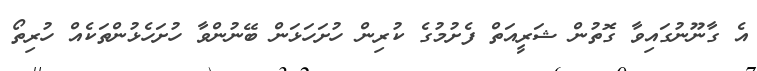
އެ ގާނޫނުގައިވާ ގޮތުން ޝަރީއަތް ފެށުމުގެ ކުރިން ހުށަހަޅަން ބޭނުންވާ ހުށަހެޅުންތަކެއް ހުރިތޯ